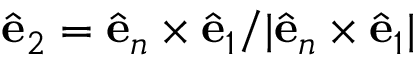
\ensuremath { \hat { \mathbf { e } } } _ { 2 } = \ensuremath { \hat { \mathbf { e } } } _ { n } \times \ensuremath { \hat { \mathbf { e } } } _ { 1 } / | \ensuremath { \hat { \mathbf { e } } } _ { n } \times \ensuremath { \hat { \mathbf { e } } } _ { 1 } |